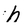
Character: h